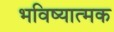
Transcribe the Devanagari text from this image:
भविष्यात्मक